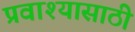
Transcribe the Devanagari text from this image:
प्रवाश्यासाठी